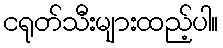
ငရုတ်သီးများထည့်ပါ။